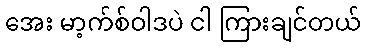
အေး မာ့က်စ်ဝါဒပဲ ငါ ကြားချင်တယ်